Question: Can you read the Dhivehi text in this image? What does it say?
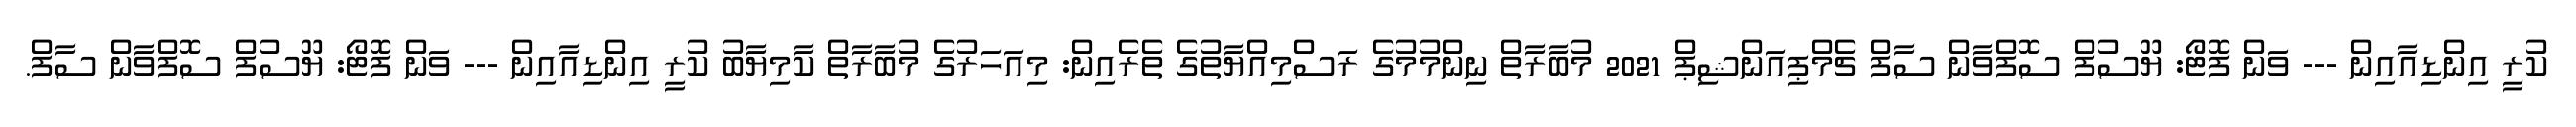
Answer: ކުރީ އިންޑިއާއިން --- ވަން ފޮޓޯ: ޔޫސުފް ސޮފްވާން ސާފް ޗެމްޕިއަންޝިޕް 2021 މުބާރާތް ނިންމުމުގެ ރަސްމިއްޔާތުގެ ތެރެއިން: މިއަހަރުގެ މުބާރާތް ކާމިޔާބު ކުރީ އިންޑިއާއިން --- ވަން ފޮޓޯ: ޔޫސުފް ސޮފްވާން ސާފް.